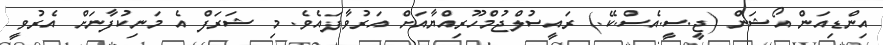
އިންޑިއަން އޯޝަން (ޖީ.ސީ.އެސް.ކޭ.) ރައީސުލްޖުމްހޫރިއްޔާއަށް އަރުވާފައެވެ. މި ޝަރަފް އެ މަނިކުފާނަށް އެރުވީ